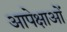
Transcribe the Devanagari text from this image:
आपेक्षाओं